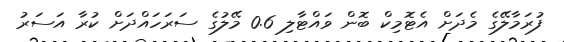
ފުރަމާލޭގެ މެދަށް އެޓޮމިކް ބޮން ވައްޓާލި 0.6 މޭލުގެ ސަރަހައްދަށް ކުރާ އަސަރު